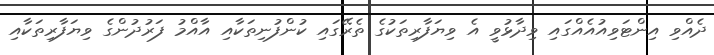
ދެއްވި އިންޓަވިއުއެއްގައި ވިދާޅުވީ އެ ވިޔަފާރިތަކުގެ ތެރޭގައި ކުންފުނިތަކާއި އާއްމު ފަރުދުންގެ ވިޔަފާރިތަކާއި